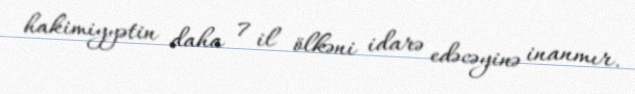
hakimiyyətin daha 7 il ölkəni idarə edəcəyinə inanmır.